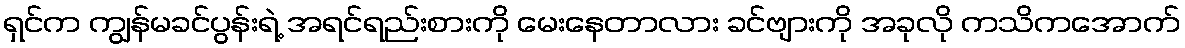
ရှင်က ကျွန်မခင်ပွန်းရဲ့ အရင်ရည်းစားကို မေးနေတာလား ခင်ဗျားကို အခုလို ကသိကအောက်